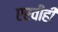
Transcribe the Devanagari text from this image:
एरवीही